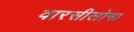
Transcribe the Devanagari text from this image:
वारसीलोना